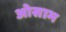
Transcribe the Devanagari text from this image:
ओसाम